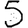
Digit: 5